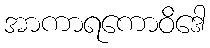
အာကာရကောဝိဒေါ